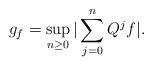
LaTeX: \begin{align*}g_{f}=\sup_{n\geq0}|\sum_{j=0}^{n}Q^{j}f|. \end{align*}